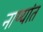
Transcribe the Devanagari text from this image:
नाण्यांत